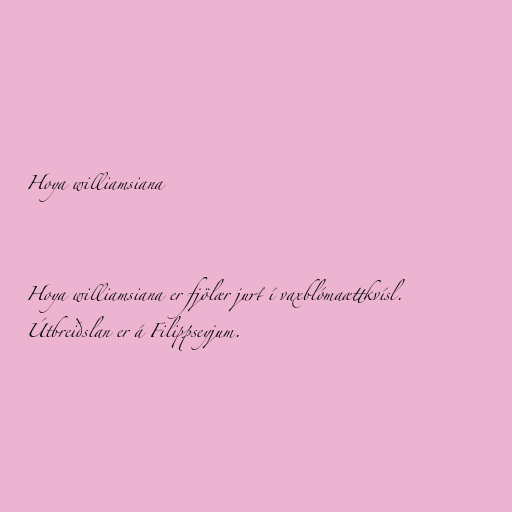
Hoya williamsiana

Hoya williamsiana er fjölær jurt í vaxblómaættkvísl.
Útbreiðslan er á Filippseyjum.